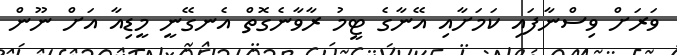
ވަރަށް ވިސްނާފައި ކަމަށާއި އޭނާގެ ޓީމު ރާވާނެގޮތް އެނގޭނީ މީޑިއާ އަށް ނޫން